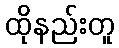
ထိုနည်းတူ